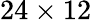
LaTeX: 24\times 12